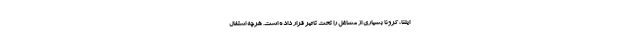
ایلنا، کرونا بسیاری از مشاغل را تحت تاثیر قرار داده است. هرچه اشتغال